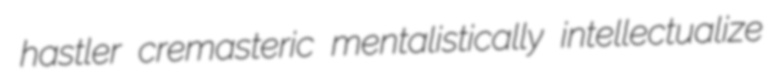
hastler cremasteric mentalistically intellectualize